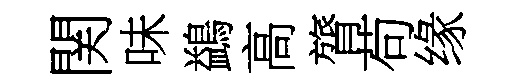
関味鷁高膂苟缘